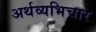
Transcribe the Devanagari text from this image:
अर्थव्यभिचार